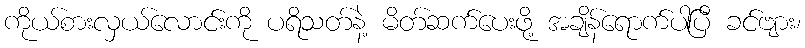
ကိုယ်စားလှယ်လောင်းကို ပရိသတ်နဲ့ မိတ်ဆက်ပေးဖို့ အချိန်ရောက်ပါပြီ ခင်ဗျား၊